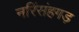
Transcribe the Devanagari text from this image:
नरिंसंहगड़